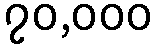
၇၀,၀၀၀